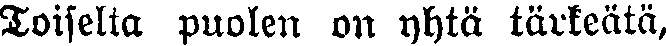
Toiselta puolen on yhtä tärkeätä,